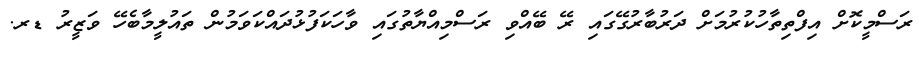
ރަސްމީކޮށް އިފްތިތާހުކުރުމަށް ދަރުބާރުގޭގައި ރޭ ބޭއްވި ރަސްމިއްޔާތުގައި ވާހަކަފުޅުދައްކަވަމުން ތައުލީމާބެހޭ ވަޒީރު ޑރ.